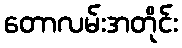
တောလမ်းအတိုင်း